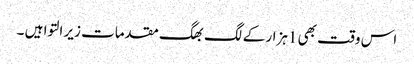
اس وقت بھی 1ہزار کے لگ بھگ مقدمات زیر التوا ہیں ۔